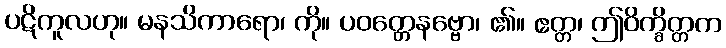
ပဋိကူလဟု။ မနသိကာရော၊ ကို။ ပဝတ္တေနဗ္ဗော၊ ၏။ ဧတ္တ၊ ဤဝိက္ခိတ္တက